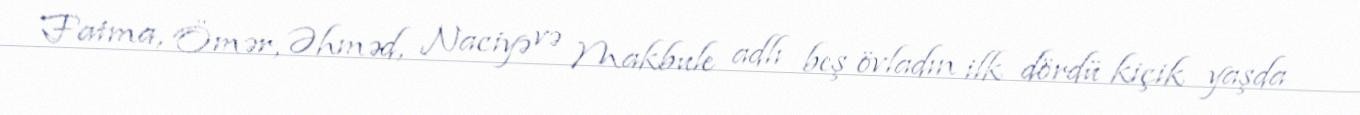
Fatma, Ömər, Əhməd, Naciyə və Makbule adlı beş övladın ilk dördü kiçik yaşda